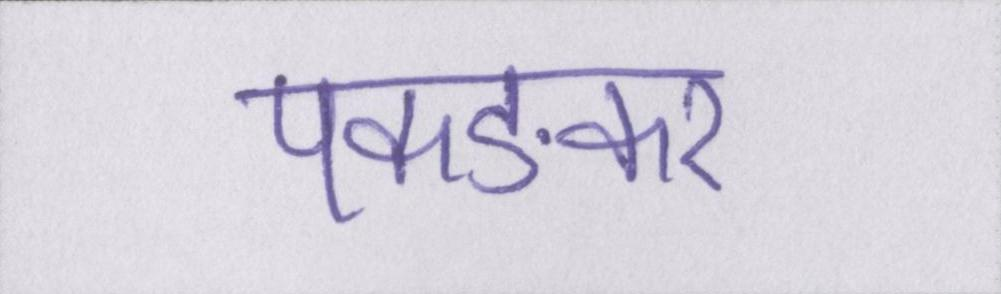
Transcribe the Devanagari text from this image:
पकङकर